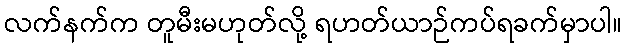
လက်နက်က တူမီးမဟုတ်လို့ ရဟတ်ယာဉ်ကပ်ရခက်မှာပါ။